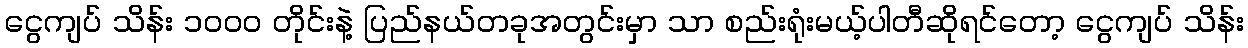
ငွေကျပ် သိန်း ၁၀၀၀ တိုင်းနဲ့ ပြည်နယ်တခုအတွင်းမှာ သာ စည်းရုံးမယ့်ပါတီဆိုရင်တော့ ငွေကျပ် သိန်း